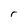
Character: r